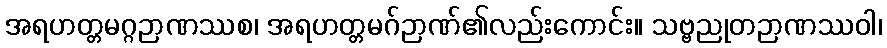
အရဟတ္တမဂ္ဂဉာဏဿစ၊ အရဟတ္တမဂ်ဉာဏ်၏လည်းကောင်း။ သဗ္ဗညုတဉာဏဿဝါ၊